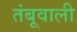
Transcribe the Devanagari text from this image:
तंबूवाली